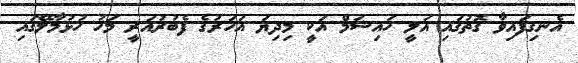
އެނގިފައިވާ ގޮތުގައި އަލީ ހައިޝަމް އަކީ މިދިޔަ އަހަރުގެ ފެބުރުއަރީ މަހު ހުޅުމާލޭގައި